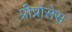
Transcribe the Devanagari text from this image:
प्रीप्रोसेस